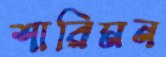
শারিমন